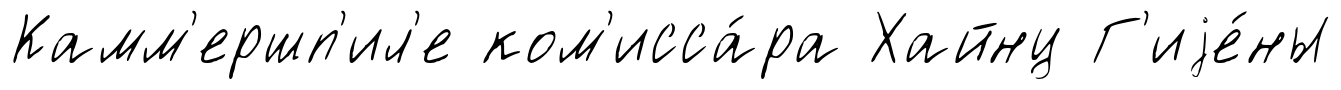
Камм'ершп'ил'е ком'исса́ра Хайнц Г'иjе́ны